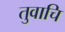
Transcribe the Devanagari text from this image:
तुवाचि